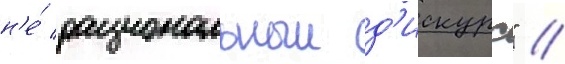
н'е́ рациональныи д'искурс" //